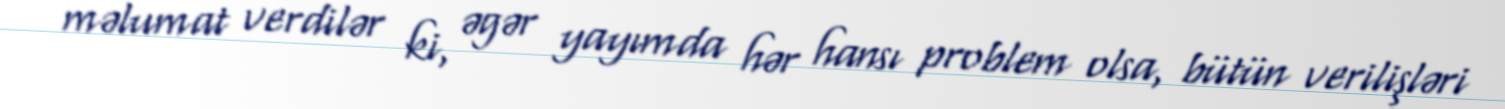
məlumat verdilər ki, əgər yayımda hər hansı problem olsa, bütün verilişləri